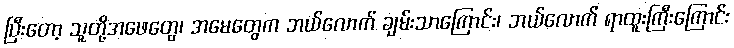
ပြီးတော့ သူတို့အဖေတွေ၊ အမေတွေက ဘယ်လောက် ချမ်းသာကြောင်း၊ ဘယ်လောက် ရာထူးကြီးကြောင်း